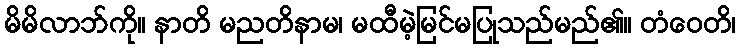
မိမိလာဘ်ကို။ နာတိ မညတိနာမ၊ မထီမဲ့မြင်မပြုသည်မည်၏။ တံဝေတိ၊